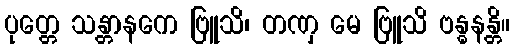
ပုတ္တေ သန္တာနကေ ဗြူသိ၊ တဏှ မေ ဗြူသိ ဗန္ဓနန္တိ။